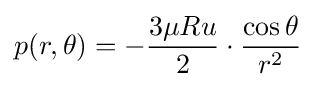
p(r,\theta )=-{\frac {3\mu Ru}{2}}\cdot {\frac {\cos \theta }{r^{2}}}